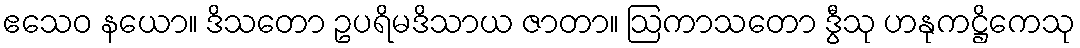
ဧသေဝ နယော။ ဒိသတော ဥပရိမဒိသာယ ဇာတာ။ ဩကာသတော ဒွီသု ဟနုကဋ္ဌိကေသု